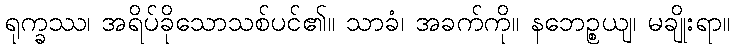
ရုက္ခဿ၊ အရိပ်ခိုသောသစ်ပင်၏။ သာခံ၊ အခက်ကို။ နဘေဉ္စယျ၊ မချိုးရာ။